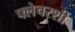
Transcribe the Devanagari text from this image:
फ्लेचरशी